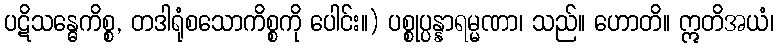
ပဋိသန္ဓေကိစ္စ, တဒါရုံစသောကိစ္စကို ပေါင်း။) ပစ္စုပ္ပန္နာရမ္မဏာ၊ သည်။ ဟောတိ။ ဣတိအယံ၊